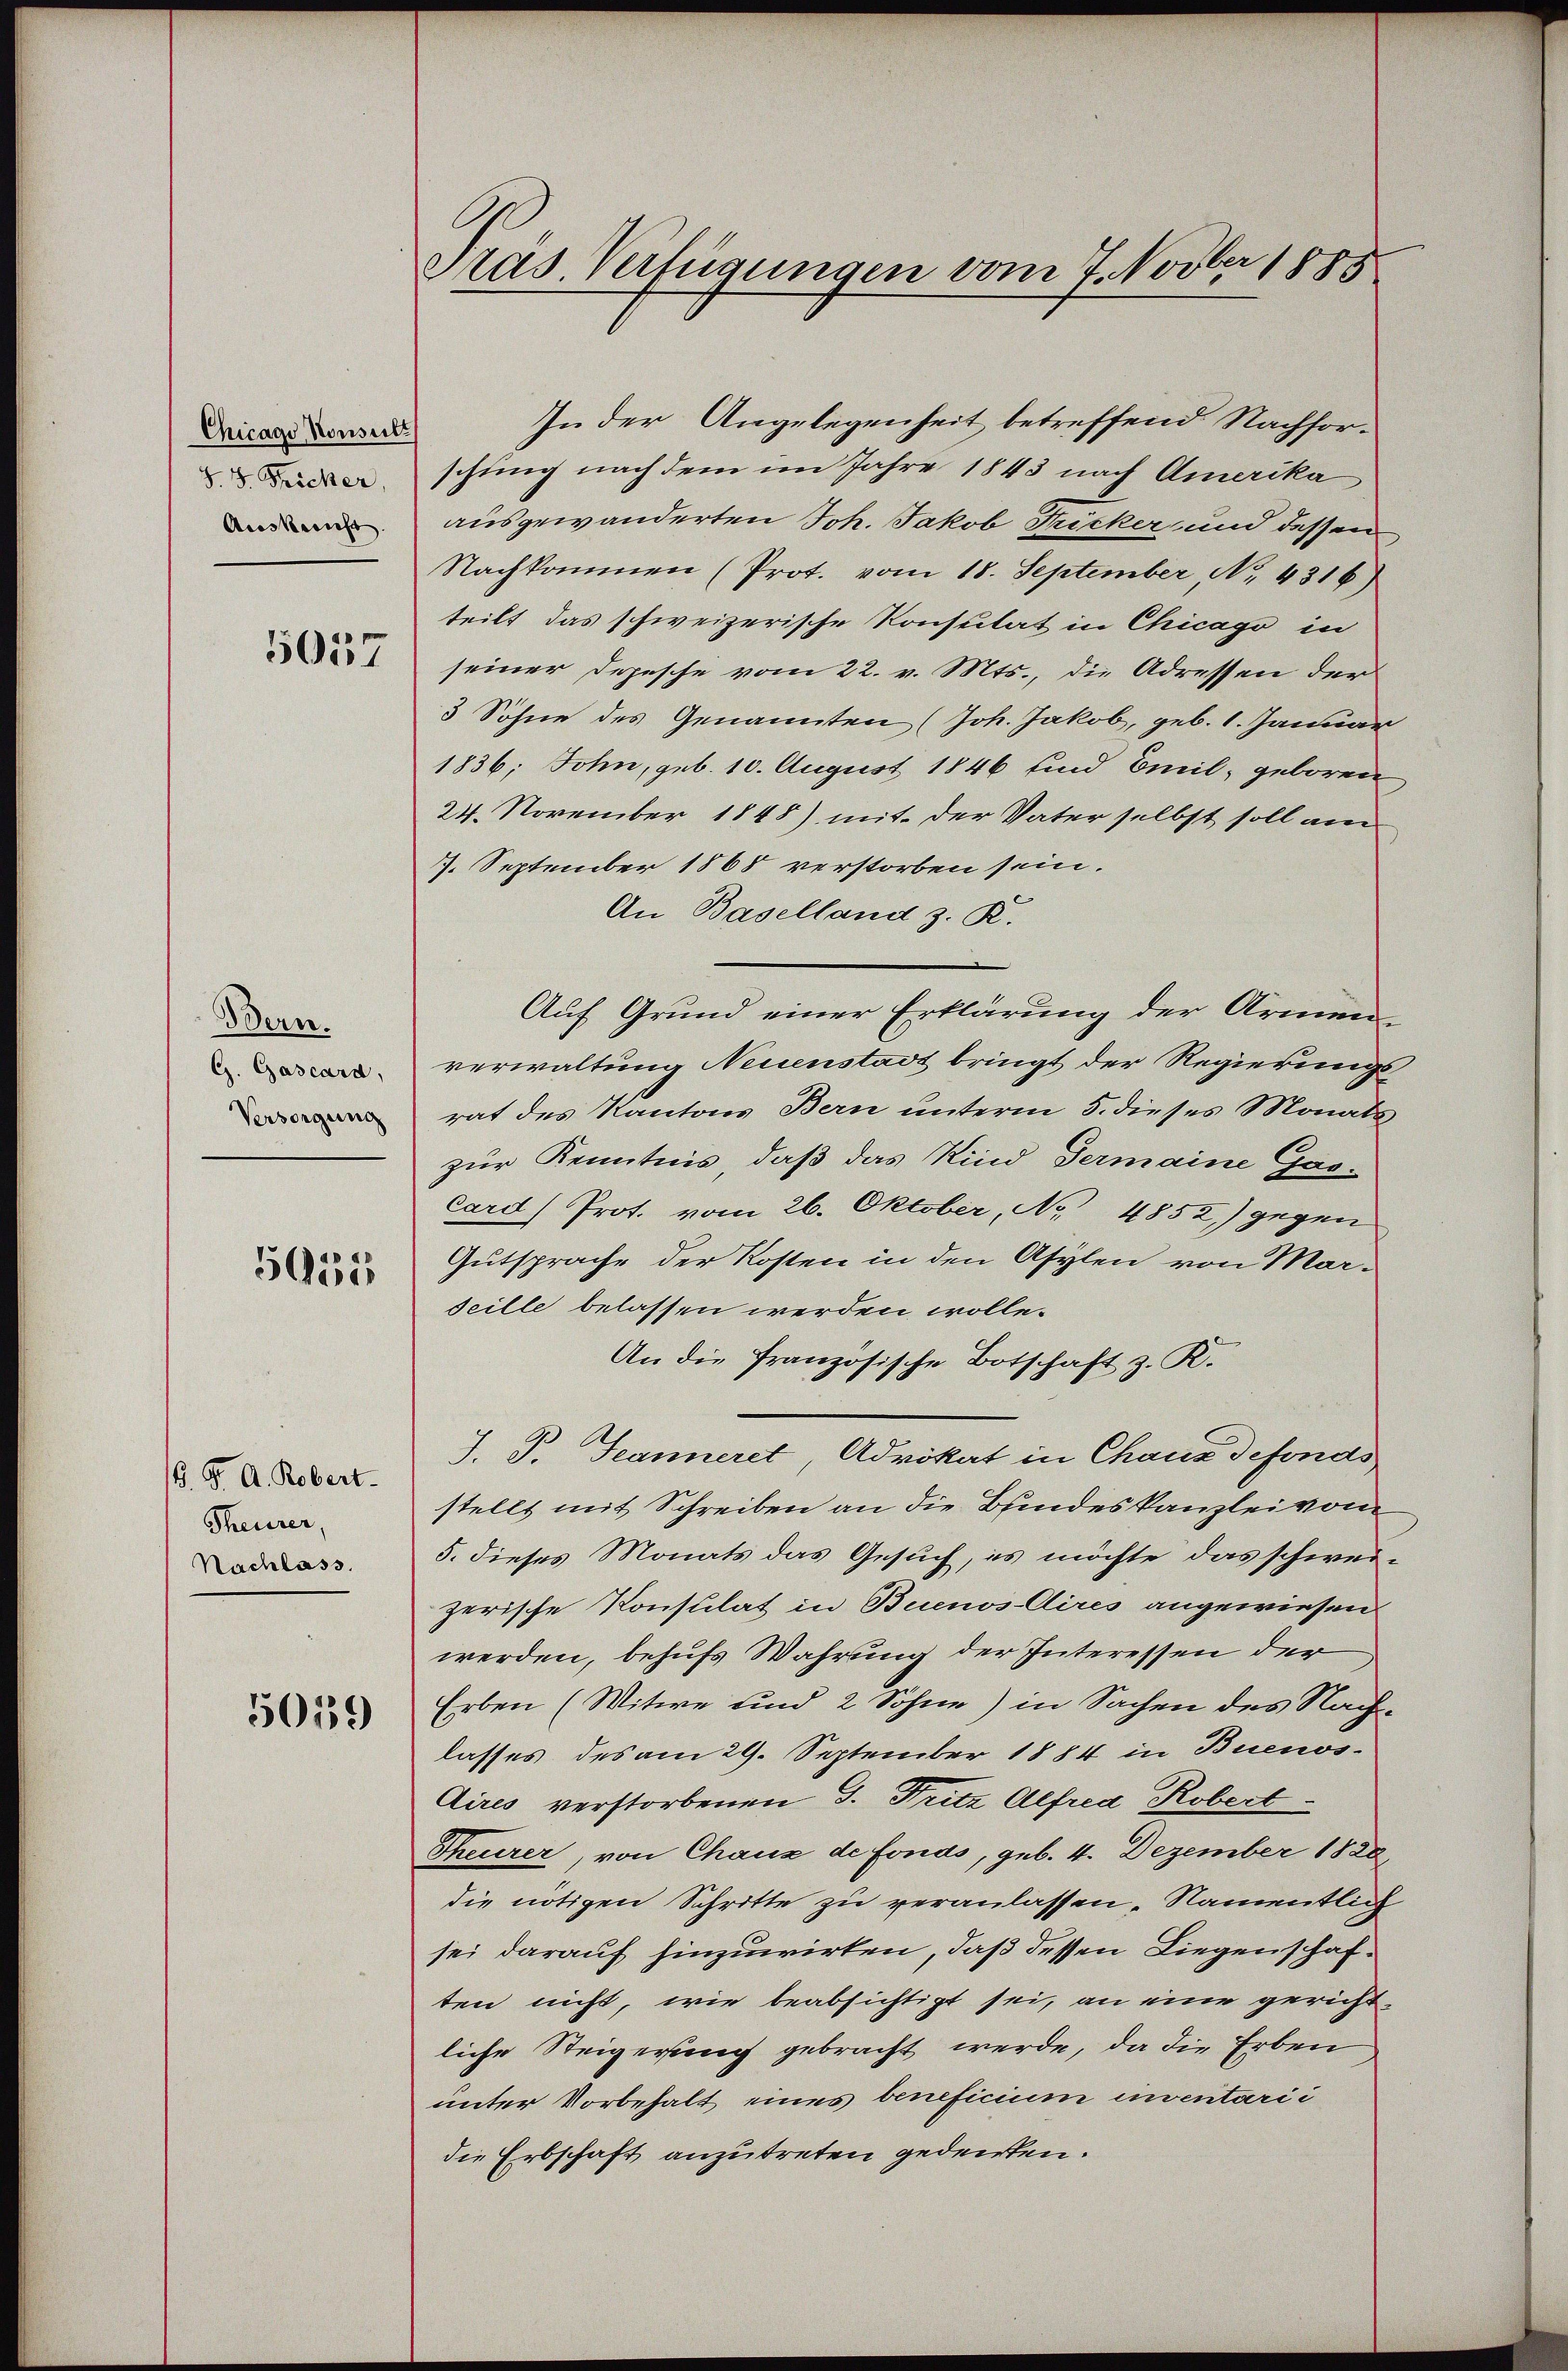
Chicago Konsult
S.S. Ficker,
Ausbericht.
5057

Bern.
G. Gascard,
Versorgung

5955

B. Fr. A. Robert.
Theurer,
Nachlass.

50139

Pras Verfügungen vom 7. Novber 1885

In der Angelegenheit betreffend Nachforschung nach dem im Jahre 1843 nach Amerika
ausgewanderten Joh. Jakob Fricker und dessen
Nachkommen (Prot. vom 18. September, No. 4316)
teilt das schweizerische Konsulat in Chicago in
seiner Depesche vom 22. v. Mts., die Adressen der
3 Söhne des Genannten (Joh. Jakob, geb. 1. Januar
1836; Sohn, geb. 10. August 1846 und Emil, geboren
24. November 1848) mit der Vater selbst soll am
7. September 1868 verstorben sein.
An Baselland z. R.
Auf Grund einer Erklärung der Armen
verwaltung Neuenstadt bringt der Regierungsrat des Kantons Bern unterm 5. dieses Monats
zur Kenntnis, daß das Kind Germaine Gas-
Card) Prot. vom 26. Oktober, No 4852) gegen
Gutsprache der Kosten in den Asylen von Marseille belassen werden wolle.
An die französische Botschaft z. R.
J. P. Jeanneret, Advokat in Chaus defonds
stellt mit Schreiben an die Bundeskanzlei vom
5. dieses Monats das Gesuch, es möchte das schweizerische Konsulat in Buenos-Aires angewiesen
werden, behufs Wahrung der Interessen der
Erben (Witwe und 2 Söhne) in Sachen des Nachlasses des am 29. September 1884 in Buenos-
Aires verstorbenen G. Fritz Alfrea Robert.
Theurer, von Chaux de fonds, geb. 4. Dezember 1828,
die nötigen Schritte zu veranlassen. Namentlich
sei darauf hinzuwirken, daß dessen Liegenschaften nicht, wie beabsichtigt sei, an eine gerichtliche Steigerung gebracht werde, da die Erben
unter Vorbehalt eines beneficium inventarii
die Erbschaft anzutreten gedenten.